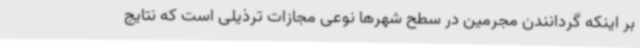
بر اینکه گردانندن مجرمین در سطح شهرها نوعی مجازات ترذیلی است که نتایج